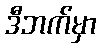
ဒီဘက်မှာ